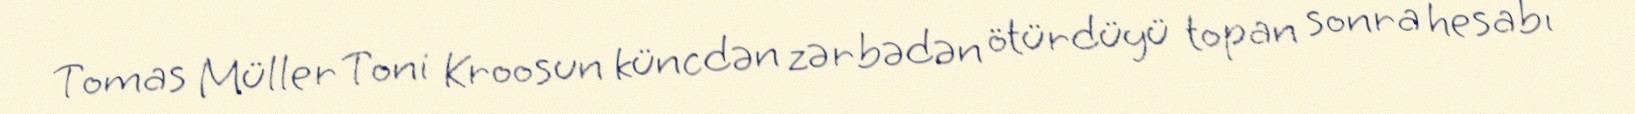
Tomas Müller Toni Kroosun küncdən zərbədən ötürdüyü topan sonra hesabı